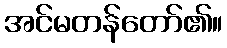
အင်မတန်တော်၏။